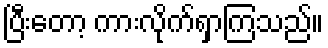
ပြီးတော့ ကားလိုက်ရှာကြသည်။